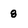
Character: 8